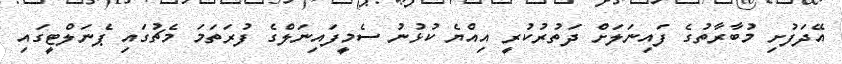
އޭދަފުށި މުބާރާތުގެ ފައިނަލަށް ދަތުރުކުރީ އިއްޔެ ކުޅުނު ސެމީފައިނަލްގެ ފުރަތަމަ މެޗުގައި ޕެނަލްޓީގައި